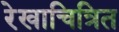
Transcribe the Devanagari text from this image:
रेखाचित्रित